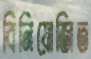
বিনিয়োজিত